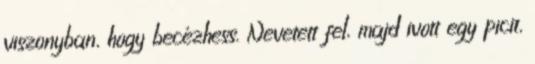
viszonyban, hogy becézhess. Nevetett fel, majd ivott egy picit,